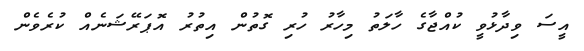
އީސަ ވިދާޅުވީ ކުއްޖާގެ ހާލަތު މިހާރު ހުރި ގޮތުން އިތުރު އޮޕަރޭޝަނެއް ކުރެވެން